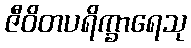
ဇီဝိတပရိက္ခာရေသု